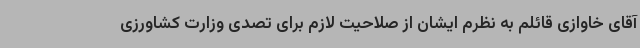
آقای خاوازی قائلم به نظرم ایشان از صلاحیت لازم برای تصدی وزارت کشاورزی